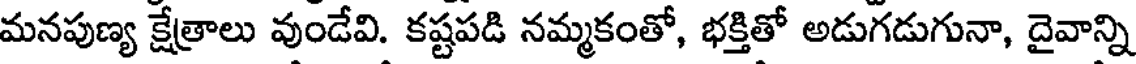
మనపుణ్య క్షేత్రాలు వుండేవి. కష్టపడి నమ్మకంతో, భక్తితో అడుగడుగునా, దైవాన్ని